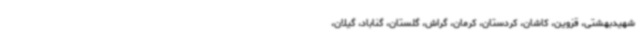
شهیدبهشتی، قزوین، کاشان، کردستان، کرمان، گراش، گلستان، گناباد، گیلان،